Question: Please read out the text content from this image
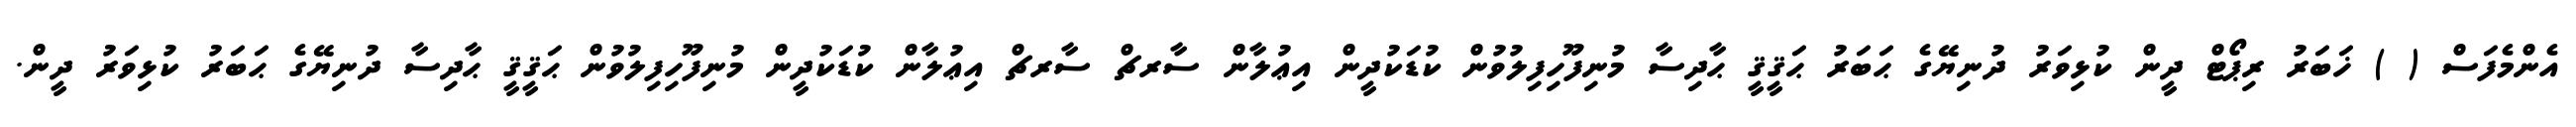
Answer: އެންމެފަސް ( ) ޚަބަރު ރިޕޯޓް ދީން ކުޅިވަރު ދުނިޔޭގެ ޙަބަރު ޙަޤީޤީ ޙާދިސާ މުނިފޫހިފިލުވުން ކުޑަކުދީން އިޢުލާން ސާރޗް ސާރޗް އިޢުލާން ކުޑަކުދީން މުނިފޫހިފިލުވުން ޙަޤީޤީ ޙާދިސާ ދުނިޔޭގެ ޙަބަރު ކުޅިވަރު ދީން.